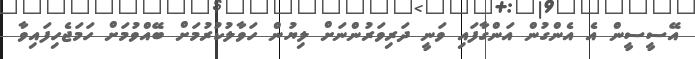
އޭސީސީން އެ އެންގުން އަންގާފައި ވަނީ ދަރިވަރުންނަށް ލިޔުން ހަވާލުކުރުމަށް ބޭއްވުމަށް ހަމަޖެހިފައިވާ